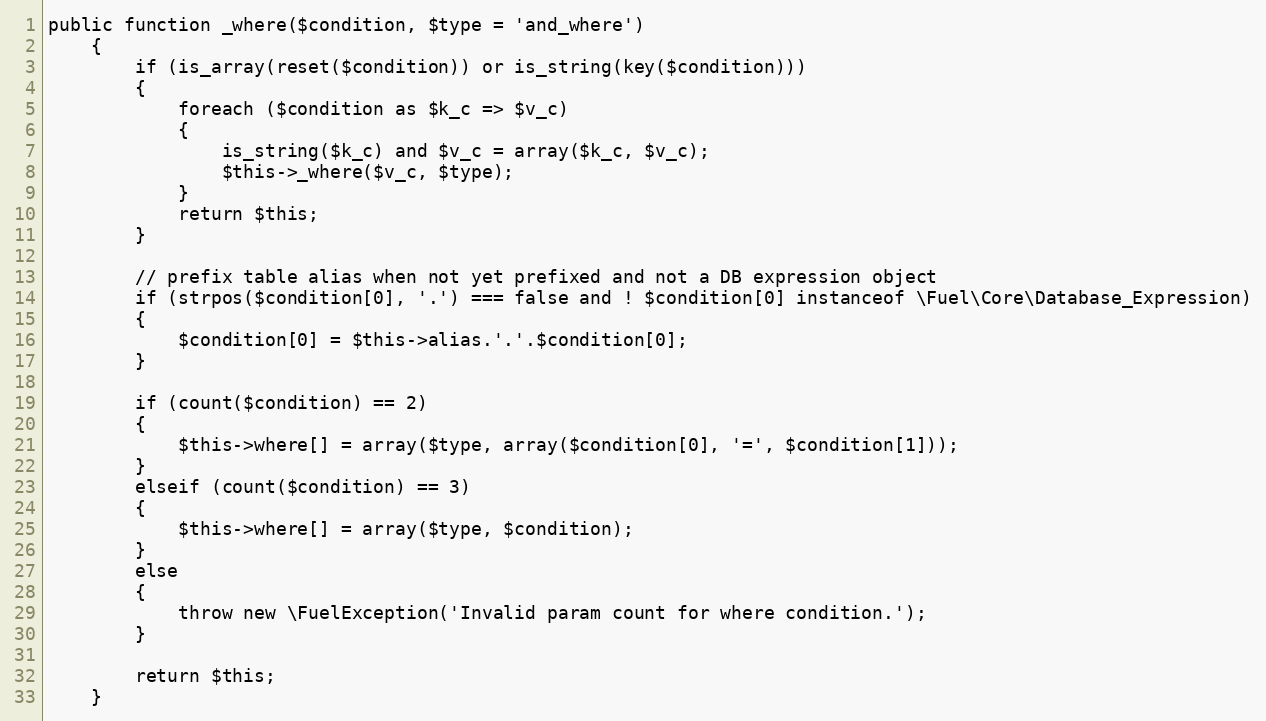
Language: PHP
public function _where($condition, $type = 'and_where')
	{
		if (is_array(reset($condition)) or is_string(key($condition)))
		{
			foreach ($condition as $k_c => $v_c)
			{
				is_string($k_c) and $v_c = array($k_c, $v_c);
				$this->_where($v_c, $type);
			}
			return $this;
		}

		// prefix table alias when not yet prefixed and not a DB expression object
		if (strpos($condition[0], '.') === false and ! $condition[0] instanceof \Fuel\Core\Database_Expression)
		{
			$condition[0] = $this->alias.'.'.$condition[0];
		}

		if (count($condition) == 2)
		{
			$this->where[] = array($type, array($condition[0], '=', $condition[1]));
		}
		elseif (count($condition) == 3)
		{
			$this->where[] = array($type, $condition);
		}
		else
		{
			throw new \FuelException('Invalid param count for where condition.');
		}

		return $this;
	}